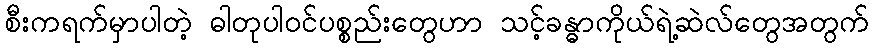
စီးကရက်မှာပါတဲ့ ဓါတုပါဝင်ပစ္စည်းတွေဟာ သင့်ခန္ဓာကိုယ်ရဲ့ဆဲလ်တွေအတွက်